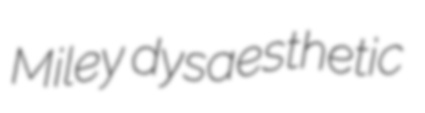
Miley dysaesthetic